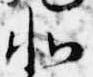
北